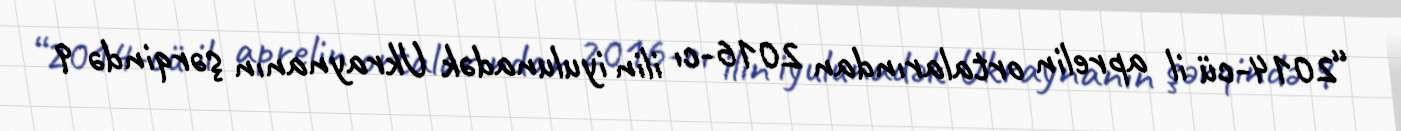
“2014-cü il aprelin ortalarından 2016-cı ilin iyulunadək Ukraynanın şərqində 9